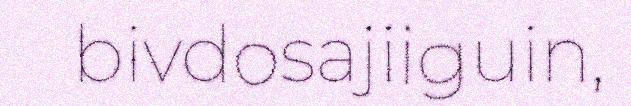
bivdosajiiguin,